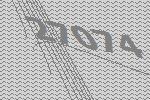
27074